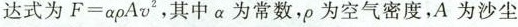
达式为$$F = a \rho A v ^ { 2 }$$，其中a为常数，\rho为空气密度，A为沙尘